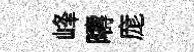
峰疇庬